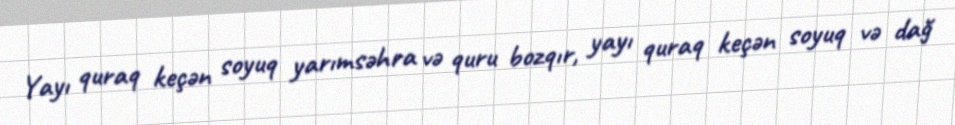
Yayı quraq keçən soyuq yarımsəhra və quru bozqır, yayı quraq keçən soyuq və dağ